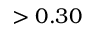
> 0 . 3 0